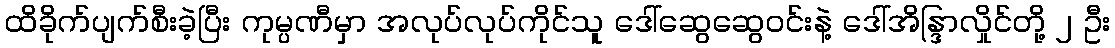
ထိခိုက်ပျက်စီးခဲ့ပြီး ကုမ္ပဏီမှာ အလုပ်လုပ်ကိုင်သူ ဒေါ်ဆွေဆွေဝင်းနဲ့ ဒေါ်အိန္ဒြာလှိုင်တို့ ၂ ဦး